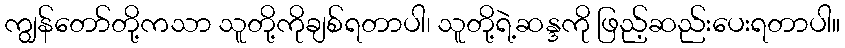
ကျွန်တော်တို့ကသာ သူတို့ကိုချစ်ရတာပါ၊ သူတို့ရဲ့ဆန္ဒကို ဖြည့်ဆည်းပေးရတာပါ။